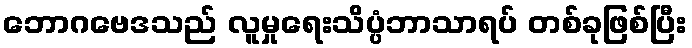
ဘောဂဗေဒသည် လူမှုရေးသိပ္ပံဘာသာရပ် တစ်ခုဖြစ်ပြီး